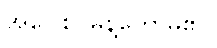
အဝေါစ၊ မိန့်တော်မူ၏။